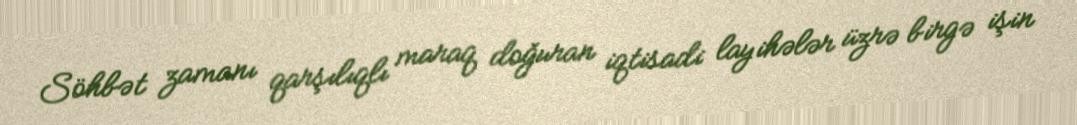
Söhbət zamanı qarşılıqlı maraq doğuran iqtisadi layihələr üzrə birgə işin